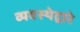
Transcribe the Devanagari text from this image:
व्यवस्थेद्वारे